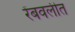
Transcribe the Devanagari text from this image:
रेंबवलीत